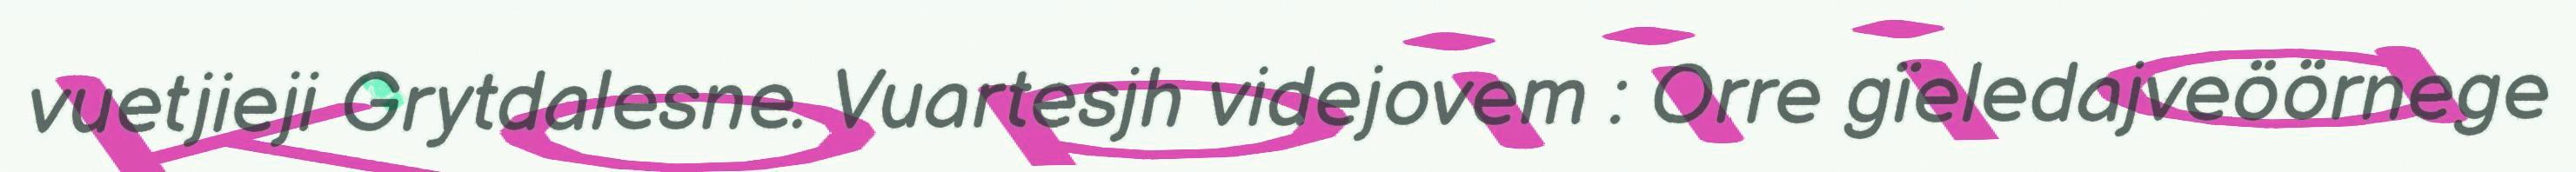
vuetjieji Grytdalesne. Vuartesjh videjovem : Orre gïeledajveöörnege